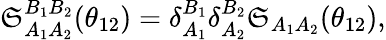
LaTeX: \mathfrak{S}_{A_{1}A_{2}}^{B_{1}B_{2}}(\theta_{12})=\delta_{A_{1}}^{B_{1}}\delta_{A_{2}}^{B_{2}}\mathfrak{S}_{A_{1}A_{2}}(\theta_{12}),